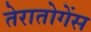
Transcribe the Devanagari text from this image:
तेरातोगेंस